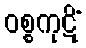
ဝစ္စကုဋိံ